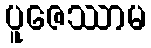
ပူဇေဿာမ